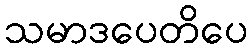
သမာဒပေတိပေ